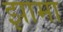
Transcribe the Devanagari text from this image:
झामा